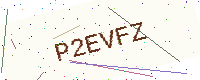
Text: P2EVFZ